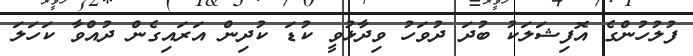
ފުލުހުންގެ އޮފިޝަލަކު ބުދަ ދުވަހު ވިދާޅުވީ ކުޑަ ކުދިން އަރައިގެން ދުއްވާ ކަހަލަ